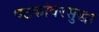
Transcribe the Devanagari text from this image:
षटकांवरसुद्धा